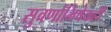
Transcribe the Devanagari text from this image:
सुवर्णाभिषेकही